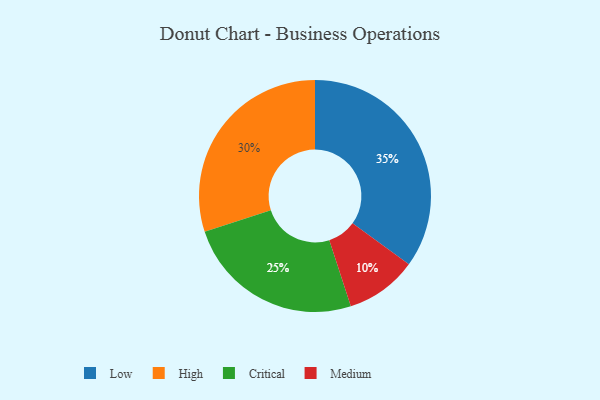
{"axis": {"x": "Category", "y": "Percentage"}, "legend": ["Critical", "High", "Low", "Medium"], "data": [{"x": "Medium", "y": 10, "type": "Medium"}, {"x": "Low", "y": 35, "type": "Low"}, {"x": "High", "y": 30, "type": "High"}, {"x": "Critical", "y": 25, "type": "Critical"}]}